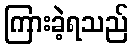
ကြားခဲ့ရသည်